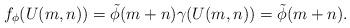
LaTeX: \begin{align*}f_\phi(U(m,n))=\tilde{\phi}(m+n)\gamma(U(m,n))=\tilde{\phi}(m+n).\end{align*}